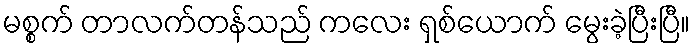
မစ္စက် တာလက်တန်သည် ကလေး ရှစ်ယောက် မွေးခဲ့ပြီးပြီ။